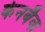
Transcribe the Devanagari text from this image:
केनबैक